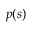
p ( s )